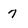
Character: 7